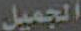
الجميل